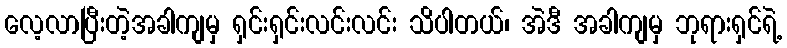
လေ့လာပြီးတဲ့အခါကျမှ ရှင်းရှင်းလင်းလင်း သိပါတယ်၊ အဲဒီ အခါကျမှ ဘုရားရှင်ရဲ့